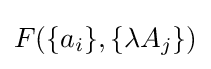
F(\{a_{i}\},\{\lambda A_{j}\})